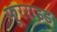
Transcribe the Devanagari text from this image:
फूरराइड